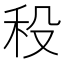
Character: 𥝻